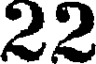
22